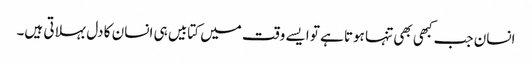
انسان جب کبھی بھی تنہا ہوتا ہے تو ایسے وقت میں کتابیں ہی انسان کا دل بہلاتی ہیں۔